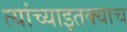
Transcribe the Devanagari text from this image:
त्यांच्याइतक्याच